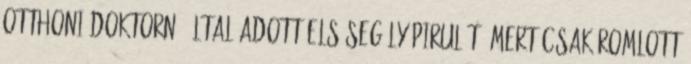
otthoni doktornő által adott elsősegély pirulát, mert csak romlott